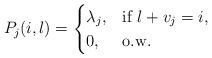
LaTeX: \begin{align*} P_j(i,l) = \begin{cases} \lambda_j, & \textrm{if } l+v_j = i,\\ 0, & \textrm{o.w.} \end{cases}\end{align*}